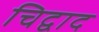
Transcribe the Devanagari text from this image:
चिद्वाद